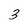
Character: 3